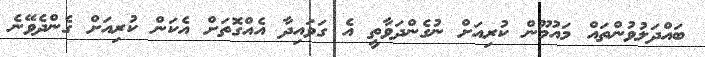
ބައްދަލުވުންތައް މައުމޫން ކުރިއަށް ނުގެންދަވާތީ އެ ގަވައިދާ އެއްގޮތަށް އެކަން ކުރިއަށް ގެންދެވޭނެ